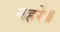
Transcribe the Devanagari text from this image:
नहरे॥